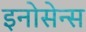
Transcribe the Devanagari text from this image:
इनोसेन्स